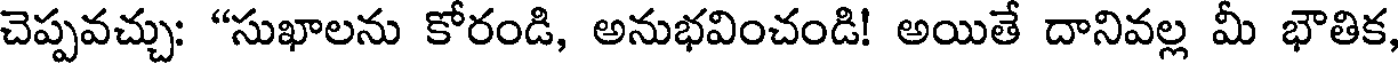
చెప్పవచ్చు: "సుఖాలను కోరండి, అనుభవించండి! అయితే దానివల్ల మీ భౌతిక,